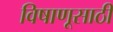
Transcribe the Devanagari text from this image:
विषाणूसाठी